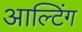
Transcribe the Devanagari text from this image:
आल्टिंग